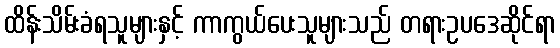
ထိန်းသိမ်းခံရသူများနှင့် ကာကွယ်ပေးသူများသည် တရားဥပဒေဆိုင်ရာ